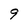
Character: 9